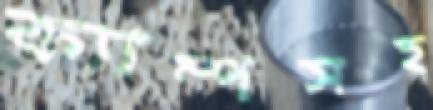
ক্যাম্পসহ